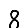
Digit: 8